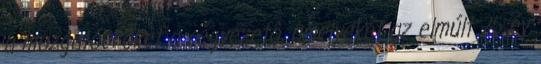
a mozgatóerôket a cégvezetô, amelyeket az elmúlt 25 év